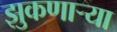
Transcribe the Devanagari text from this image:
झुकणाऱ्या